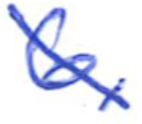
Text: 6,
Cross-out: diagonal
Writing tool: ballpoint